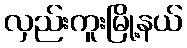
လှည်းကူးမြို့နယ်